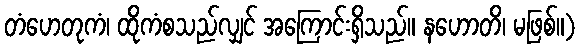
တံဟေတုကံ၊ ထိုကံစသည်လျှင် အကြောင်းရှိသည်။ နဟောတိ၊ မဖြစ်။)